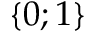
\{ 0 ; 1 \}